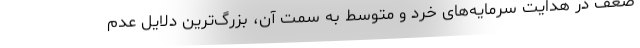
ضعف در هدایت سرمایه‌های خرد و متوسط به سمت آن، بزرگ‌ترین دلایل عدم